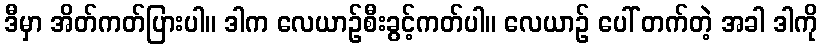
ဒီမှာ အိတ်ကတ်ပြားပါ။ ဒါက လေယာဉ်စီးခွင့်ကတ်ပါ။ လေယာဉ် ပေါ် တက်တဲ့ အခါ ဒါကို